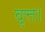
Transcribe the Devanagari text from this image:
वृत्त।